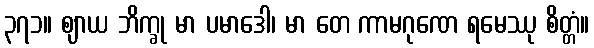
၃၇၁။ ဈာယ ဘိက္ခု မာ ပမာဒေါ၊ မာ တေ ကာမဂုဏေ ရမေဿု စိတ္တံ။